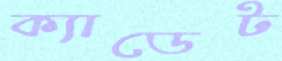
ক্যাডেট